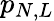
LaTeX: p_{N,L}